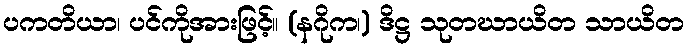
ပကတိယာ၊ ပင်ကိုအားဖြင့်။ (နဂိုက၊) ဒိဋ္ဌ သုတဃာယိတ သာယိတ